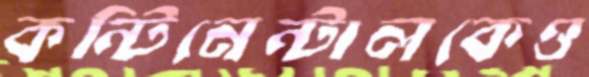
কন্টিনেন্টালকেও